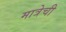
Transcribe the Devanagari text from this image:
मात्रेची